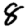
Digit: 8